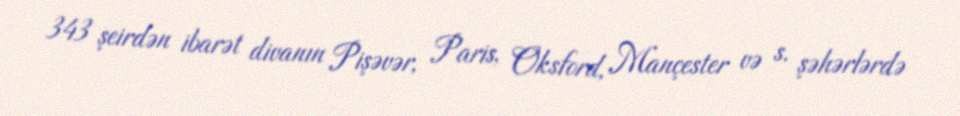
343 şeirdən ibarət divanın Pişəvər, Paris, Oksford, Mançester və s. şəhərlərdə